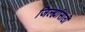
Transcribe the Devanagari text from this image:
जिल्ह्यांसाठी